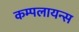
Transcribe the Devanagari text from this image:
कम्पलायन्स